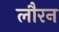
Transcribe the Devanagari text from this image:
लौरन